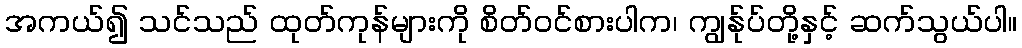
အကယ်၍ သင်သည် ထုတ်ကုန်များကို စိတ်ဝင်စားပါက၊ ကျွန်ုပ်တို့နှင့် ဆက်သွယ်ပါ။